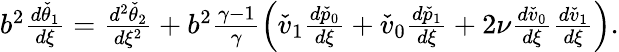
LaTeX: \begin{array}{r}{b^{2}\frac{d\check{\theta}_{1}}{d\xi}=\frac{d^{2}\check{\theta}_{2}}{d\xi^{2}}+b^{2}\frac{\gamma-1}{\gamma}\left(\check{v}_{1}\frac{d\check{p}_{0}}{d\xi}+\check{v}_{0}\frac{d\check{p}_{1}}{d\xi}+2\nu\frac{d\check{v}_{0}}{d\xi}\frac{d\check{v}_{1}}{d\xi}\right).}\end{array}